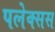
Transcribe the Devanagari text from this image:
पलेक्सस